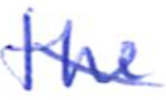
Text: the
Cross-out: mix
Writing tool: ballpoint